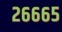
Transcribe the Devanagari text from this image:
२६६६५